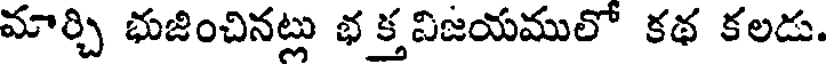
మార్చి భుజించినట్లు భ క్త విజయములో కథ కలడు.